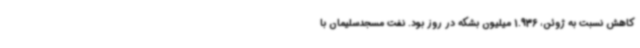
کاهش نسبت به ژوئن، 1.936 میلیون بشکه در روز بود. نفت مسجدسلیمان با